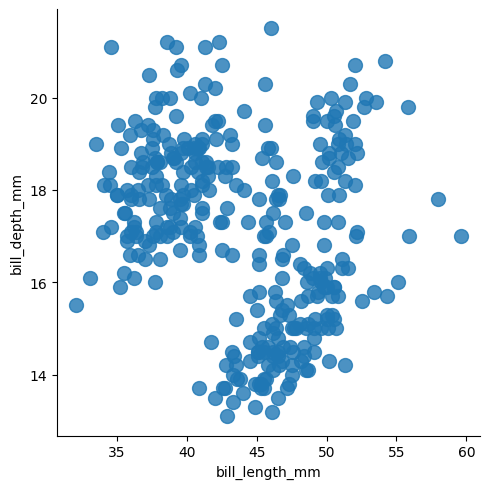
python, seaborn, lmplot, aspect=1.0, order=1, markers='o'